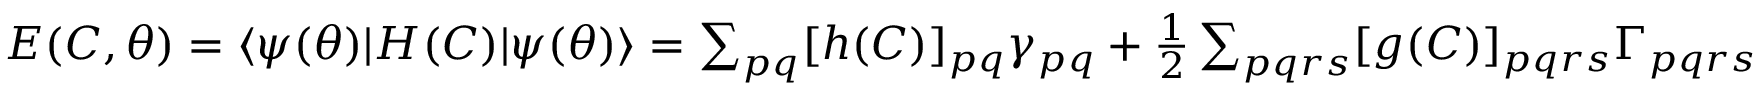
\begin{array} { r } { E ( C , { \boldsymbol { \theta } } ) = \ensuremath { \langle { \psi ( { \boldsymbol { \theta } } ) } \rvert } H ( C ) \ensuremath { \lvert { \psi ( { \boldsymbol { \theta } } ) } \rangle } = \sum _ { p q } [ h ( C ) ] _ { p q } \gamma _ { p q } + \frac { 1 } { 2 } \sum _ { p q r s } [ g ( C ) ] _ { p q r s } \Gamma _ { p q r s } } \end{array}